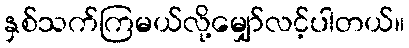
နှစ်သက်ကြမယ်လို့မျှော်လင့်ပါတယ်။